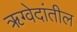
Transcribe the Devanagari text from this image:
ॠग्वेदांतील